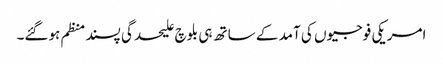
امریکی فوجیوں کی آمد کے ساتھ ہی بلوچ علیحدگی پسند منظم ہوگئے۔